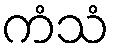
ကံသံ